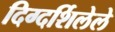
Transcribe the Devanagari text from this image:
दिग्दर्शिलेले